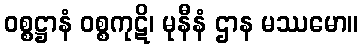
ဝစ္စဋ္ဌာနံ ဝစ္စကုဋိ၊ မုနီနံ ဌာန မဿမော။